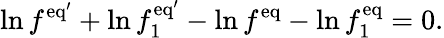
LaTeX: \ln f^{\mathrm{eq}^{\prime}}+\ln f_{1}^{\mathrm{eq}^{\prime}}-\ln f^{\mathrm{eq}}-\ln f_{1}^{\mathrm{eq}}=0.